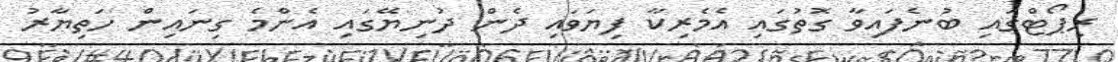
ރިޕޯޓްގައި ބުނެފައިވާ ގޮތުގައި އެމެރިކާ ފިޔަވައި ދެން ދުނިޔޭގައި އެންމެ ގިނައިން ހަތިޔާރު